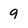
Character: 9